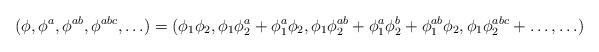
LaTeX: \begin{align*}( \phi, \phi^a, \phi^{ab}, \phi^{abc}, \ldots ) = ( \phi_1 \phi_2, \phi_1 \phi_2^a + \phi_1^a \phi_2, \phi_1 \phi_2^{ab} + \phi_1^a \phi_2^b + \phi_1^{ab} \phi_2, \phi_1 \phi_2^{abc} + \ldots, \ldots )\end{align*}